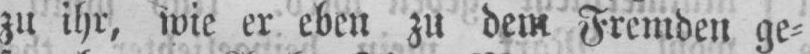
zu ihr, wie er eben zu dem Fremden ge⸗